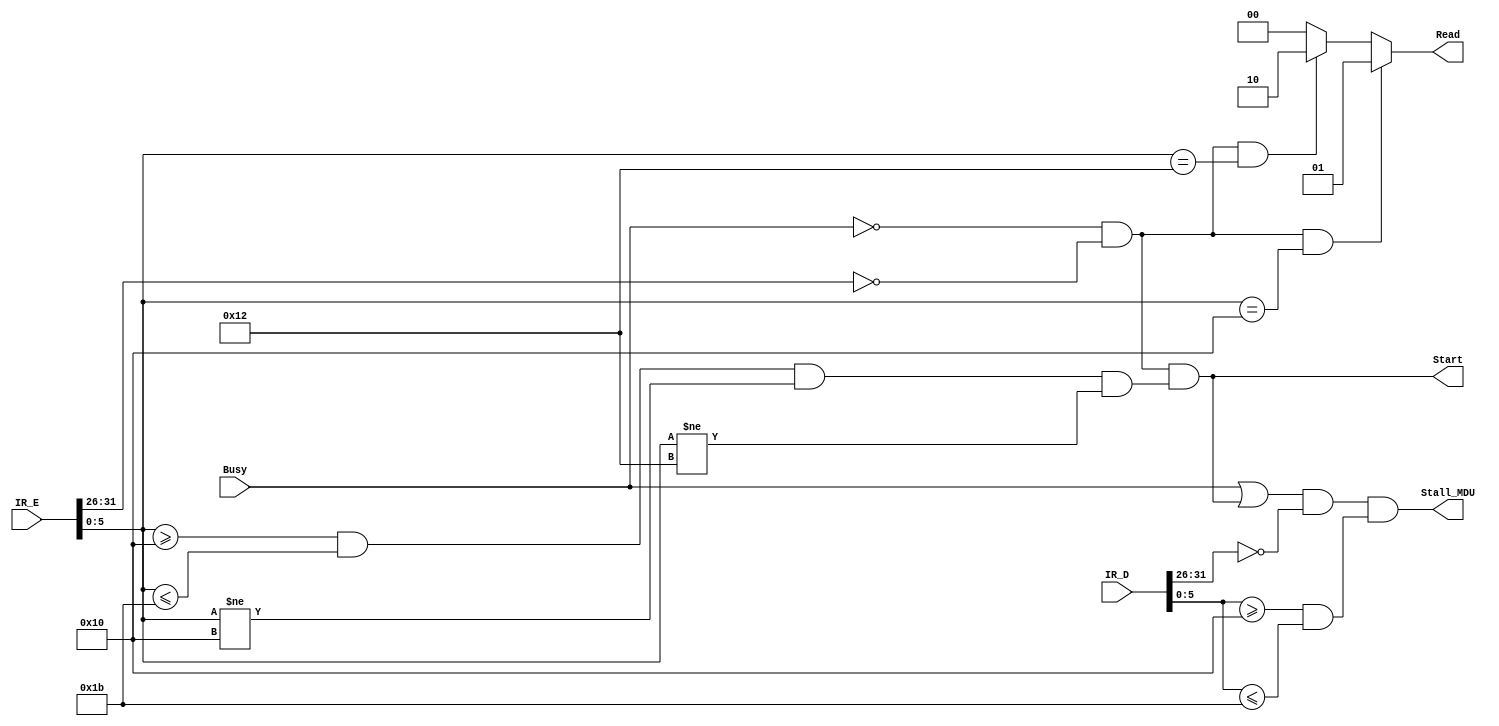
`timescale 1ns / 1ps
//////////////////////////////////////////////////////////////////////////////////
// Company: 
// Engineer: 
// 
// Design Name: 
// Module Name:    MDU_Ctrl 
// Project Name: 
// Target Devices: 
// Tool versions: 
// Description: 
//
// Dependencies: 
//
// Revision: 
// Revision 0.01 - File Created
// Additional Comments: 
//
//////////////////////////////////////////////////////////////////////////////////
module MDU_Ctrl(
	 input [31:0] IR_D,
	 input [31:0] IR_E,
    input Busy,
    output Start,
	 output [1:0] Read,
    output Stall_MDU
    );
	
	wire [5:0] Op_D,Op_E;
	wire [5:0] Func_D,Func_E;
	
	assign Op_D = IR_D[31:26];
	assign Func_D = IR_D[5:0];
	assign Op_E = IR_E[31:26];
	assign Func_E = IR_E[5:0];
	
	assign Start		= (Busy==0) & (Op_E==0) & (Func_E>=6'b010000 && Func_E<=6'b011011 && Func_E!=6'b010000 && Func_E!=6'b010010);
	assign Read			= (Busy==0) & (Op_E==0) & (Func_E==6'b010000) ? 2'b01 :
							  (Busy==0) & (Op_E==0) & (Func_E==6'b010010) ? 2'b10 :
																							2'b00;
	assign Stall_MDU	= (Busy==1 || Start==1) & (Op_D==0) & (Func_D>=6'b010000 && Func_D<=6'b011011);


endmodule